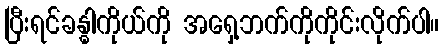
ပြီးရင်ခန္ဓါကိုယ်ကို အရှေ့ဘက်ကိုကိုင်းလိုက်ပါ။